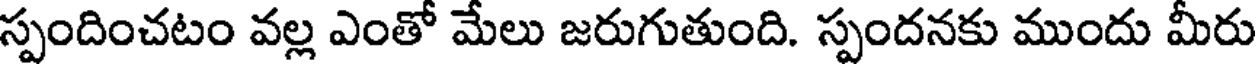
స్పందించటం వల్ల ఎంతో మేలు జరుగుతుంది. స్పందనకు ముందు మీరు